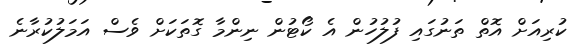
ކުރިއަށް އޮތް ތަނުގައި ފުލުހުން އެ ކޯޓުން ނިންމާ ގޮތަކަށް ވެސް އަމަލުކުރާނެ